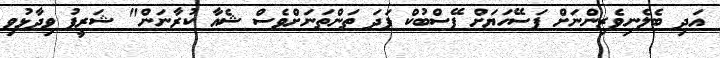
އަދި ބެލެނިވެރިންނަށް ފަސޭހަޔަށް ފޭސްބުކް ފަދަ ތަންތަނަށްވެސް ޝެއާ ކުރާނަން" ޝަރީފު ވިދާޅުވި